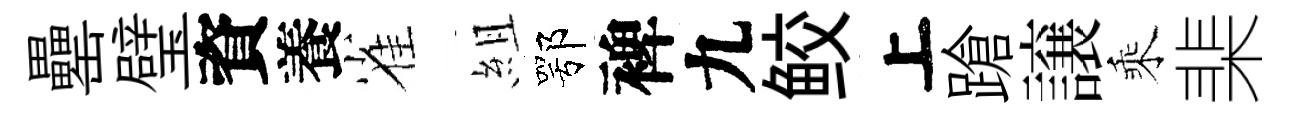
罍璧資養雀組鄂裨九鲛上蹌譲乘棐